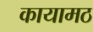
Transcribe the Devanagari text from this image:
कायामठ